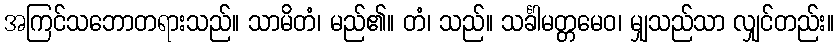
အကြင်သဘောတရားသည်။ သာမိတံ၊ မည်၏။ တံ၊ သည်။ သင်္ခါမတ္တမေဝ၊ မျှသည်သာ လျှင်တည်း။